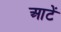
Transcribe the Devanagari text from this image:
आटें